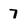
Character: 7